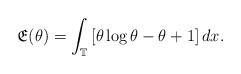
LaTeX: \begin{align*}\mathfrak{E}(\theta)=\int_{\mathbb{T}}\left[\theta \log\theta-\theta +1\right]dx.\end{align*}